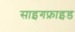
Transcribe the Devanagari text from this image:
साइगफ्राइड